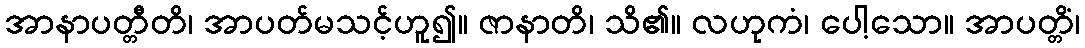
အာနာပတ္တီတိ၊ အာပတ်မသင့်ဟူ၍။ ဇာနာတိ၊ သိ၏။ လဟုကံ၊ ပေါ့သော။ အာပတ္တိံ၊